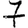
Digit: 7